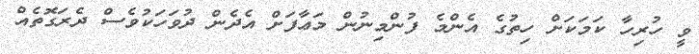
ވީ ހުރިހާ ކަމަކަށް ހިތުގެ އެންމެ ފުންމިނުން މަޢާފަށް އެދެން ދުވަހަކުވެސް ދެރަގޮތެއް